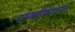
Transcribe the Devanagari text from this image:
एप्पलीकेशनस